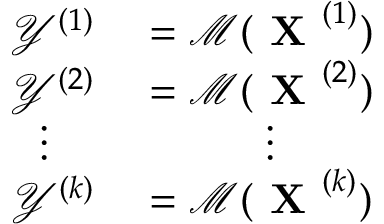
\begin{array} { r } { \begin{array} { r l } { \mathcal { Y } ^ { ( 1 ) } } & { { } = \mathcal { M } ( \textbf { X } ^ { ( 1 ) } ) } \\ { \mathcal { Y } ^ { ( 2 ) } } & { { } = \mathcal { M } ( \textbf { X } ^ { ( 2 ) } ) } \\ { \vdots \; \; \; \; } & { { } \; \; \; \; \; \; \; \; \; \; \vdots } \\ { \mathcal { Y } ^ { ( \mathnormal { k } ) } } & { { } = \mathcal { M } ( \textbf { X } ^ { ( \mathnormal { k } ) } ) } \end{array} } \end{array}